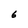
Character: 6